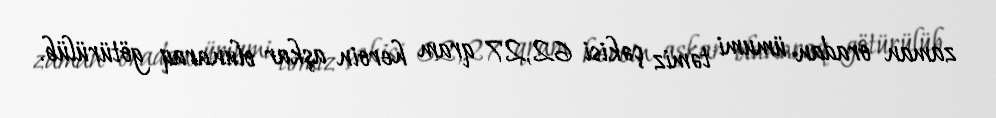
zaman oradan ümumi təmiz çəkisi 62,27 qram heroin aşkar olunaraq götürülüb.